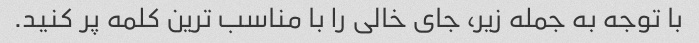
با توجه به جمله زیر، جای خالی را با مناسب ترین کلمه پر کنید.